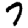
Digit: 7